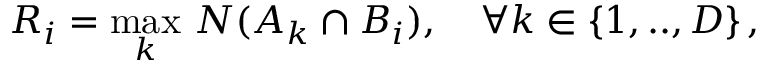
R _ { i } = \operatorname* { m a x } _ { k } \, N ( A _ { k } \cap B _ { i } ) , \quad \forall k \in \{ 1 , . . , D \} \, ,